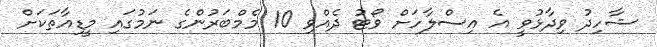
ޝާހިދު ވިދާޅުވީ އެ އިސްލާހަށް ވޯޓު ދެއްވި 10 މެމްބަރުންގެ ނަމުގައި މީޑިއާތަކަށް